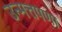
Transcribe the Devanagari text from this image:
उन्मत्तपणा